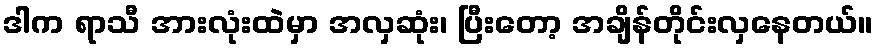
ဒါက ရာသီ အားလုံးထဲမှာ အလှဆုံး၊ ပြီးတော့ အချိန်တိုင်းလှနေတယ်။